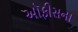
ઑફીસના